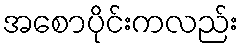
အစောပိုင်းကလည်း